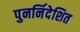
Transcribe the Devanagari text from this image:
पुनर्निदेशित